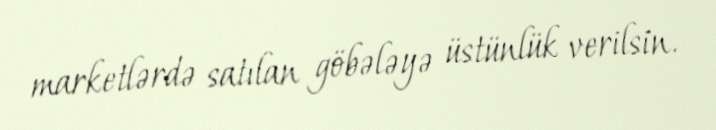
marketlərdə satılan göbələyə üstünlük verilsin.